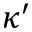
\kappa ^ { \prime }